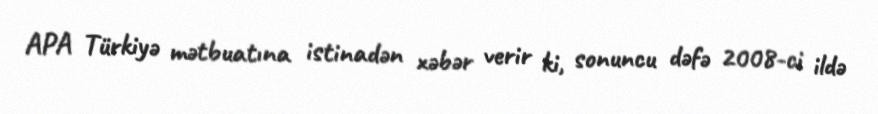
APA Türkiyə mətbuatına istinadən xəbər verir ki, sonuncu dəfə 2008-ci ildə